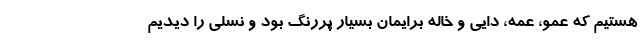
هستیم که عمو، عمه، دایی و خاله برایمان بسیار پررنگ بود و نسلی را دیدیم